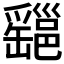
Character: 𤕆